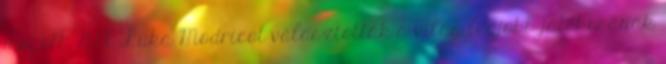
mögött. 21:56 Luka Modricot választották a világ legjobb játékosának